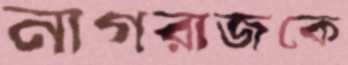
নাগরাজকে